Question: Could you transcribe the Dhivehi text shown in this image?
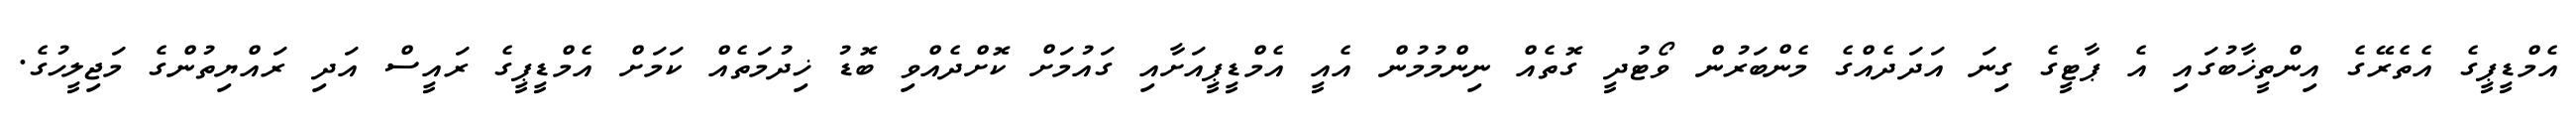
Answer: އެމްޑީޕީގެ އެތެރޭގެ އިންތީޚާބުގައި އެ ޕާޓީގެ ގިނަ އަދަދެއްގެ މެންބަރުން ވޯޓުދީ ގޮތެއް ނިންމުމުން އެއީ އެމްޑީޕީއަށާއި ގައުމަށް ކޮށްދެއްވި ބޮޑު ޚިދުމަތެއް ކަމަށް އެމްޑީޕީގެ ރައީސް އަދި ރައްޔިތުންގެ މަޖިލީހުގެ.